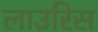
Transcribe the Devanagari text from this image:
लाउरिस